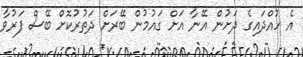
އެ ހުއްދައިގެ ދަށުން އޭނާ އަށް ގައުމުން ބޭރަށް ދަތުރުކޮށް ބޭސް ފަރުވާ